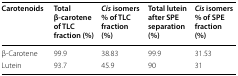
| Carotenoids | Total β-carotene of TLC fraction (%) | Cis isomers % of TLC fraction (%) | Total lutein after SPE separation (%) | Cis isomers % of SPE fraction (%) |
 | --- | --- | --- | --- | --- |
 | β-Carotene | 99.9 | 38.83 | 99.9 | 31.53 |
 | Lutein | 93.7 | 45.9 | 90 | 31 |